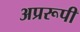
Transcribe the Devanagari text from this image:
अप्ररूपी